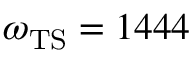
\omega _ { \mathrm { T S } } = 1 4 4 4